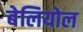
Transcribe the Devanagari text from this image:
बेलियोल